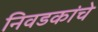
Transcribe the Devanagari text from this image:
निवडकांचे